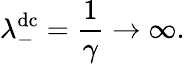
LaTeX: \lambda_{-}^{\mathrm{dc}}=\frac{1}{\gamma}\rightarrow\infty.